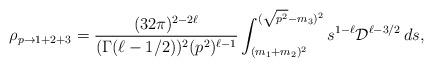
LaTeX: \begin{align*}\rho_{p\rightarrow 1+2+3}=\frac{(32\pi)^{2-2\ell}} {(\Gamma(\ell-1/2))^2(p^2)^{\ell-1}}\int_{(m_1+m_2)^2}^{(\sqrt{p^2}-m_3)^2} s^{1-\ell}{\cal D}^{\ell-3/2}\,ds,\end{align*}